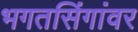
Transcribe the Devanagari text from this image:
भगतसिंगांवर